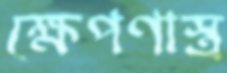
ক্ষেপণাস্ত্র